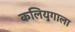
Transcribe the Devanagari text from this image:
कलियुगाला